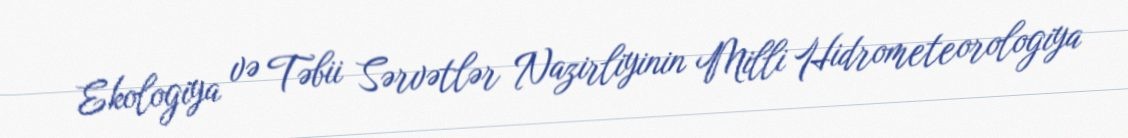
Ekologiya və Təbii Sərvətlər Nazirliyinin Milli Hidrometeorologiya